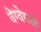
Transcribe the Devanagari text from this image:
वेग्वेगळे